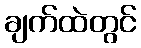
ချက်ထဲတွင်